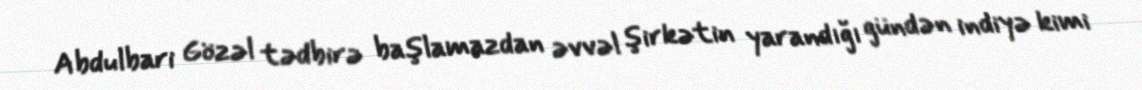
Abdulbari Gözəl tədbirə başlamazdan əvvəl şirkətin yarandığı gündən indiyə kimi